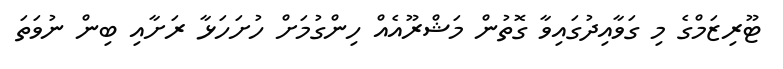
ޓޫރިޒަމްގެ މި ގަވާއިދުގައިވާ ގޮތުން މަޝްރޫއެއް ހިންގުމަށް ހުށަހަޅާ ރަށާއި ބިން ނުވަތަ